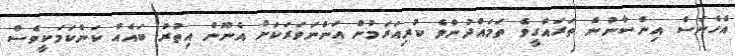
އެހެނަސް އިންސާނުން ތަރައްގީވެ ތަމައްދުންވެ ކުރިއަރަމުން އަންނަވަރަކަށް އެނޫން އިތުރު ބައެއް ކަންކަމަކީވެސް